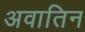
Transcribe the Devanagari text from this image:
अवातिन